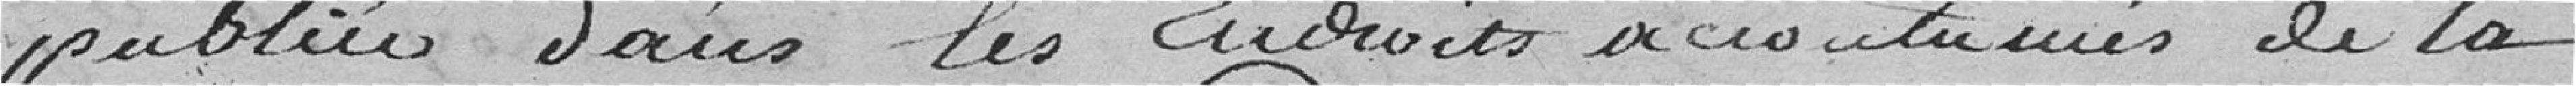
publiée dans les droits accoutumés de la commune